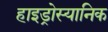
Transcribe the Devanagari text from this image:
हाइड्रोस्यानिक